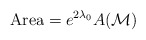
\begin{align*}\hbox{Area} = e^{2\lambda_0}A({\cal M})\end{align*}